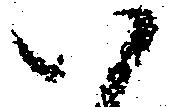
い